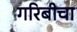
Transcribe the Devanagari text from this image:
गरिबीचा